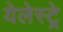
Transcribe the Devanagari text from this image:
येलेस्ट्रे